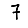
Digit: 7